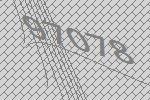
97078